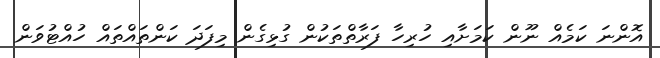
އޮންނަ ކަމެއް ނޫން ކަމަށާއި ހުރިހާ ފަރާތްތަކުން ގުޅިގެން މިފަދަ ކަންތައްތައް ހުއްޓުވަން